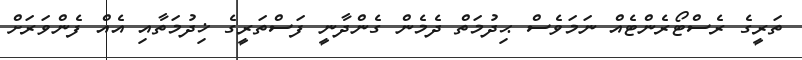
ތަރީގެ ރެސްޓޯރެންޓެއް ނަމަވެސް ޙިދުމަތް ދެމެން ގެންދާނީ ފަސްތަރީގެ ޚިދުމަތާއި އެއް ފެންވަރަށް